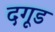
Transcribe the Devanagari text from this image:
दगूड